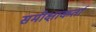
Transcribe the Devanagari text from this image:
समीक्षाकर्ता